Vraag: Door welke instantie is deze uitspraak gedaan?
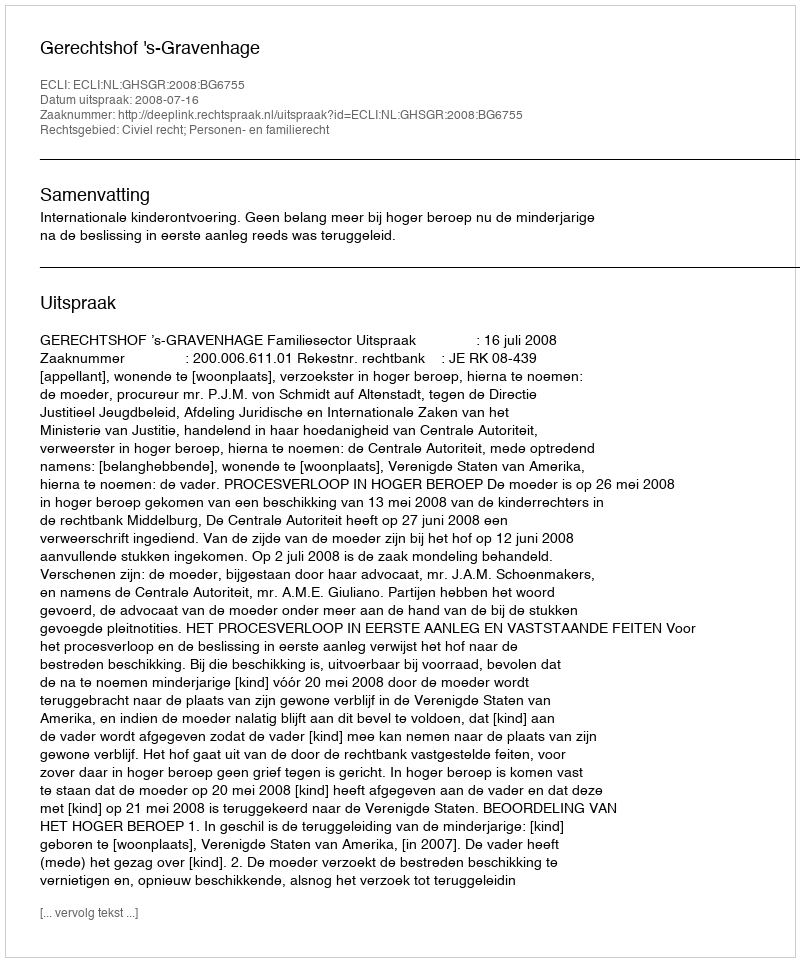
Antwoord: Gerechtshof 's-Gravenhage